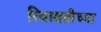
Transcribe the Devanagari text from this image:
रियासतीच्या